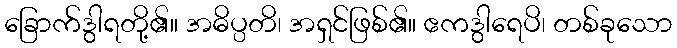
ခြောက်ဒွါရတို့၏။ အဓိပ္ပတိ၊ အရှင်ဖြစ်၏။ ဧကဒွါရေပိ၊ တစ်ခုသော